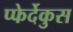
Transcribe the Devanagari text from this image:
प्फेर्देकुस